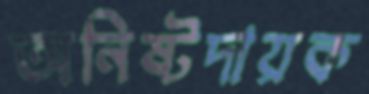
অনিষ্টদায়ক